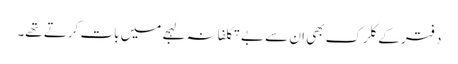
دفتر کے کلرک بھی ان سے بے تکلفانہ لہجے میں بات کرتے تھے۔